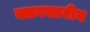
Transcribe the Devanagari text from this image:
क्लबस्तरीय